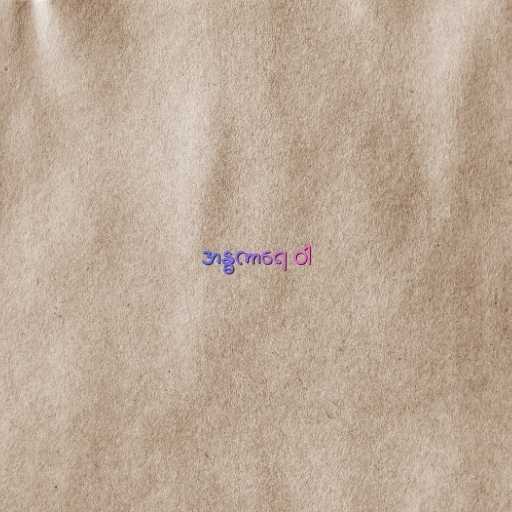
အန္ဓကာရေ ဝါ